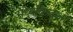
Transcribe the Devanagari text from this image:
मध्यबिन्दुओं